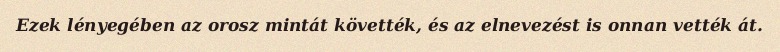
Ezek lényegében az orosz mintát követték, és az elnevezést is onnan vették át.